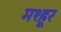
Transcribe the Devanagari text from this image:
मश्‍हूर